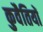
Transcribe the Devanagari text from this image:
कुवैतियों